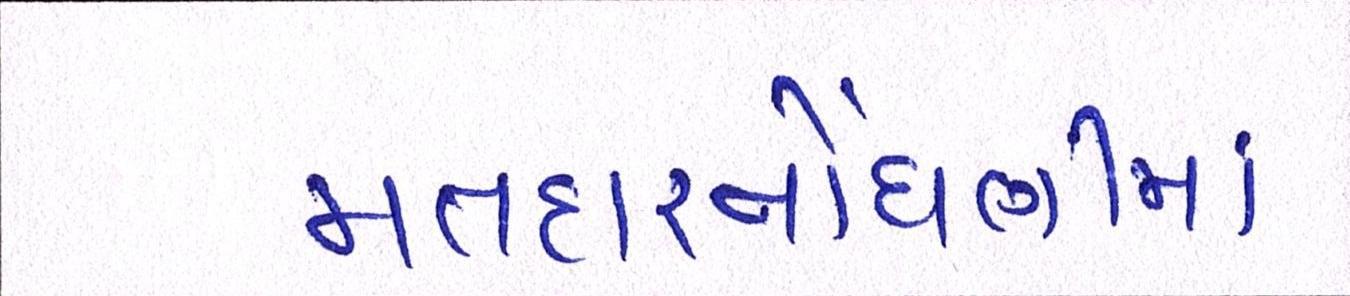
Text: મતદારનોંધણીમાં